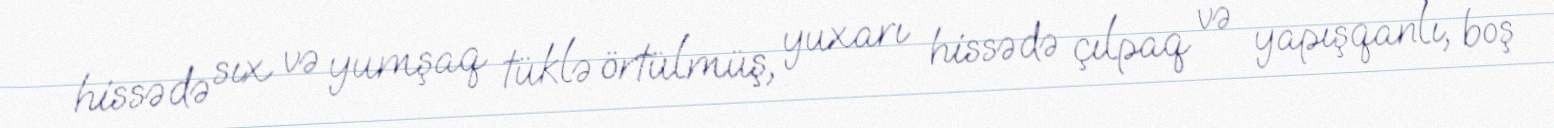
hissədə sıx və yumşaq tüklə örtülmüş, yuxarı hissədə çılpaq və yapışqanlı, boş